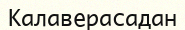
Калаверасадан